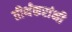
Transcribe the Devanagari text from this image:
तीर्थंकरांनी